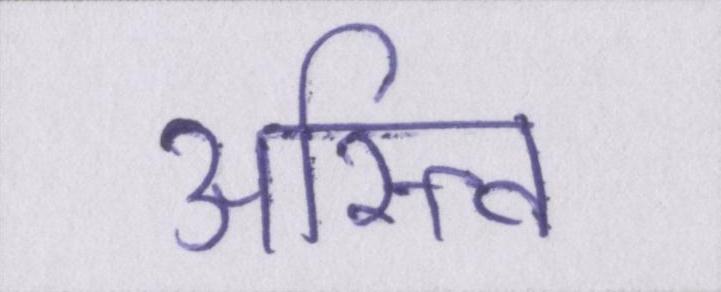
अस्त्वि